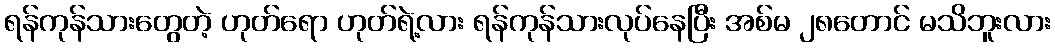
ရန်ကုန်သားတွေတဲ့ ဟုတ်ရော ဟုတ်ရဲ့လား ရန်ကုန်သားလုပ်နေပြီး အစ်မ ၂၈တောင် မသိဘူးလား